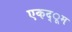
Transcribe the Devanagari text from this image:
एकद्ूम